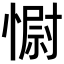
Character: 𢠢